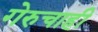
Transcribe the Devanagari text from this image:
गेरुचाही